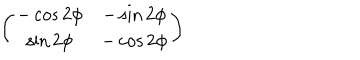
LaTeX: \left( \begin{array} { c c } { { - \cos 2 \phi } } & { { - \sin 2 \phi } } \\ { { \sin 2 \phi } } & { { - \cos 2 \phi } } \\ \end{array} \right)